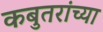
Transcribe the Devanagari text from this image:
कबुतरांच्या